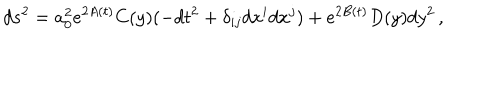
d s ^ { 2 } = a _ { 0 } ^ { 2 } e ^ { 2 A ( t ) } C ( y ) ( - d t ^ { 2 } + \delta _ { i j } d x ^ { i } d x ^ { j } ) + e ^ { 2 B ( t ) } D ( y ) d y ^ { 2 } \, ,